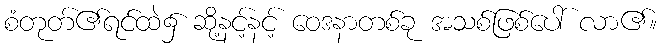
စံတုတ်၏ရင်ထဲ၌ ဆို့နင့်နင့် ဝေဒနာတစ်ခု အသစ်ဖြစ်ပေါ် လာ၏။